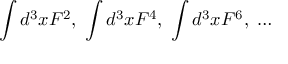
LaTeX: \int d ^ { 3 } x F ^ { 2 } , \; \int d ^ { 3 } x F ^ { 4 } , \; \int d ^ { 3 } x F ^ { 6 } , \; \ldots